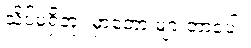
သိပ်မရှိဘူး မှာတော့ များတာပေါ့။